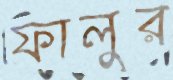
ফালুর